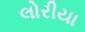
લોરીયા